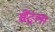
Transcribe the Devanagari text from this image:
सेंट्रल।